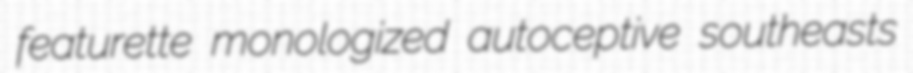
featurette monologized autoceptive southeasts